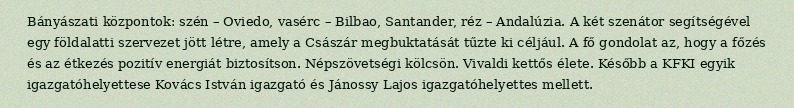
Bányászati központok: szén – Oviedo, vasérc – Bilbao, Santander, réz – Andalúzia. A két szenátor segítségével egy földalatti szervezet jött létre, amely a Császár megbuktatását tűzte ki céljául. A fő gondolat az, hogy a főzés és az étkezés pozitív energiát biztosítson. Népszövetségi kölcsön. Vivaldi kettős élete. Később a KFKI egyik igazgatóhelyettese Kovács István igazgató és Jánossy Lajos igazgatóhelyettes mellett.